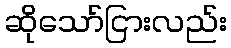
ဆိုသော်ငြားလည်း